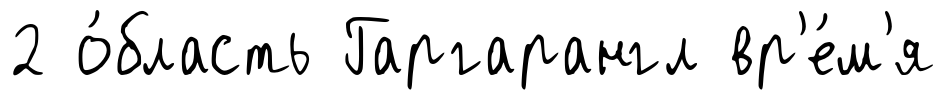
2 о́бласть Гаргарангл вр'е́м'я